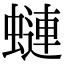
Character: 𧐖